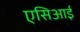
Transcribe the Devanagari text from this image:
एसिआई